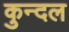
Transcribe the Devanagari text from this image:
कुन्दल